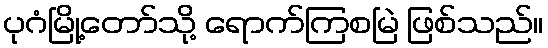
ပုဂံမြို့တော်သို့ ရောက်ကြစမြဲ ဖြစ်သည်။